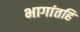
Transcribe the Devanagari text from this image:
भागांतहि